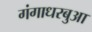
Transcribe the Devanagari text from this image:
गंगाधरबुआ